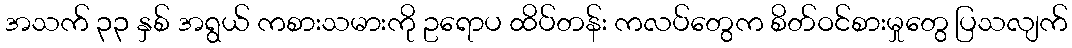
အသက် ၃၃ နှစ် အရွယ် ကစားသမားကို ဥရောပ ထိပ်တန်း ကလပ်တွေက စိတ်ဝင်စားမှုတွေ ပြသလျက်